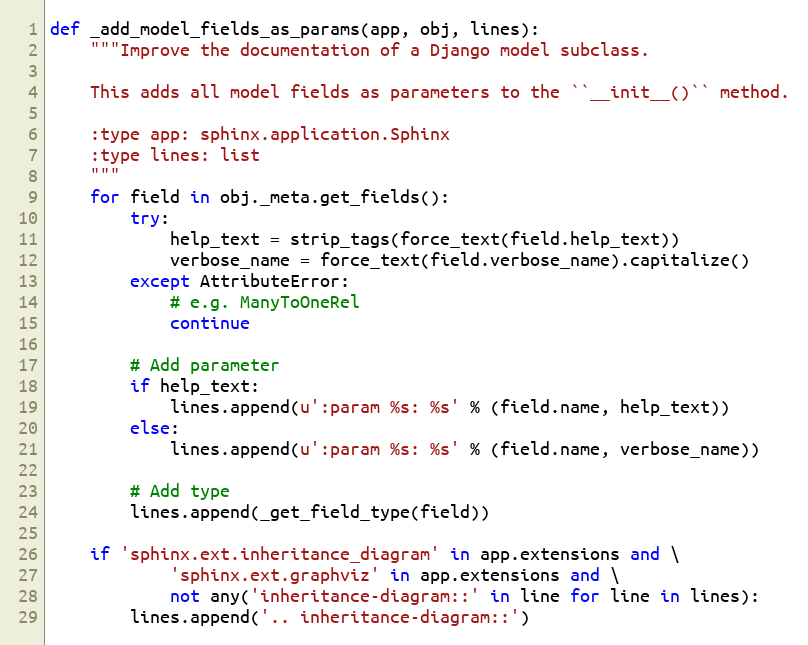
Language: Python
def _add_model_fields_as_params(app, obj, lines):
    """Improve the documentation of a Django model subclass.

    This adds all model fields as parameters to the ``__init__()`` method.

    :type app: sphinx.application.Sphinx
    :type lines: list
    """
    for field in obj._meta.get_fields():
        try:
            help_text = strip_tags(force_text(field.help_text))
            verbose_name = force_text(field.verbose_name).capitalize()
        except AttributeError:
            # e.g. ManyToOneRel
            continue

        # Add parameter
        if help_text:
            lines.append(u':param %s: %s' % (field.name, help_text))
        else:
            lines.append(u':param %s: %s' % (field.name, verbose_name))

        # Add type
        lines.append(_get_field_type(field))

    if 'sphinx.ext.inheritance_diagram' in app.extensions and \
            'sphinx.ext.graphviz' in app.extensions and \
            not any('inheritance-diagram::' in line for line in lines):
        lines.append('.. inheritance-diagram::')